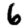
Digit: 6